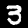
Label: 3